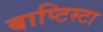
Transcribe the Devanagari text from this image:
बाप्टिस्टा